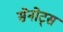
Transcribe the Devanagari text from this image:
सेनोट्स